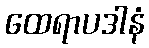
ထေရာပဒါနံ